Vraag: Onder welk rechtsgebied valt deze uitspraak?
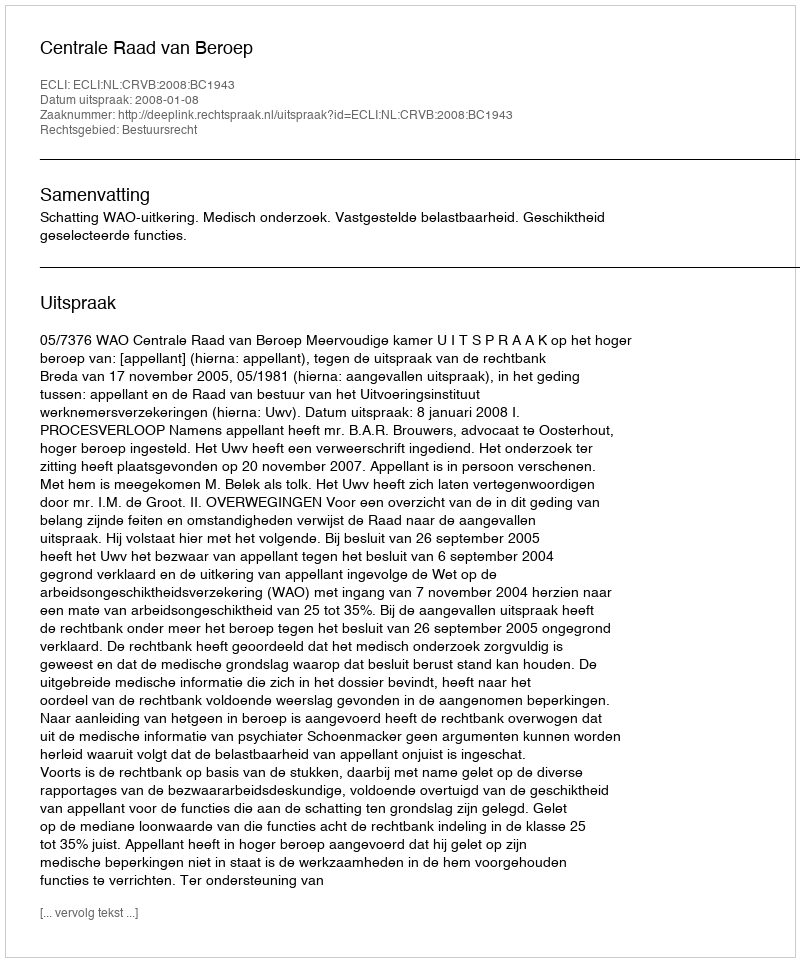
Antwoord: Bestuursrecht